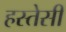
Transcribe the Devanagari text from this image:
हस्तेसी